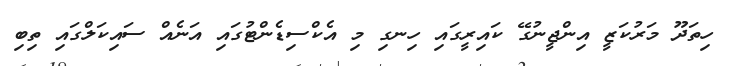
ހިތަދޫ މަރުކަޒީ އިންޖީނުގޭ ކައިރީގައި ހިނގި މި އެކްސިޑެންޓުގައި އަނެއް ސައިކަލްގައި ތިބި